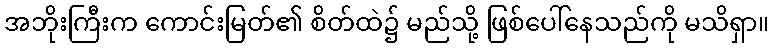
အဘိုးကြီးက ကောင်းမြတ်၏ စိတ်ထဲ၌ မည်သို့ ဖြစ်ပေါ်နေသည်ကို မသိရှာ။